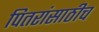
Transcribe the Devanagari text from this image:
पितरांसाठीच